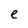
Character: e